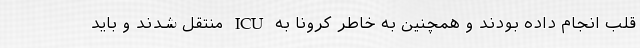
قلب انجام داده بودند و همچنین به خاطر کرونا به ICU منتقل شدند و باید